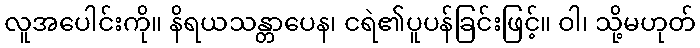
လူအပေါင်းကို။ နိရယသန္တာပေန၊ ငရဲ၏ပူပန်ခြင်းဖြင့်။ ဝါ၊ သို့မဟုတ်